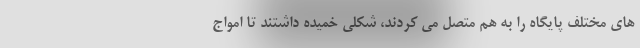
های مختلف پایگاه را به هم متصل می کردند، شکلی خمیده داشتند تا امواج